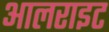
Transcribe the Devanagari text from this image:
आलराइट